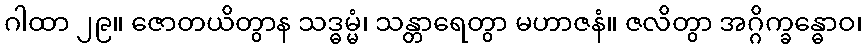
ဂါထာ ၂၉။ ဇောတယိတွာန သဒ္ဓမ္မံ၊ သန္တာရေတွာ မဟာဇနံ။ ဇလိတွာ အဂ္ဂိက္ခန္ဓောဝ၊